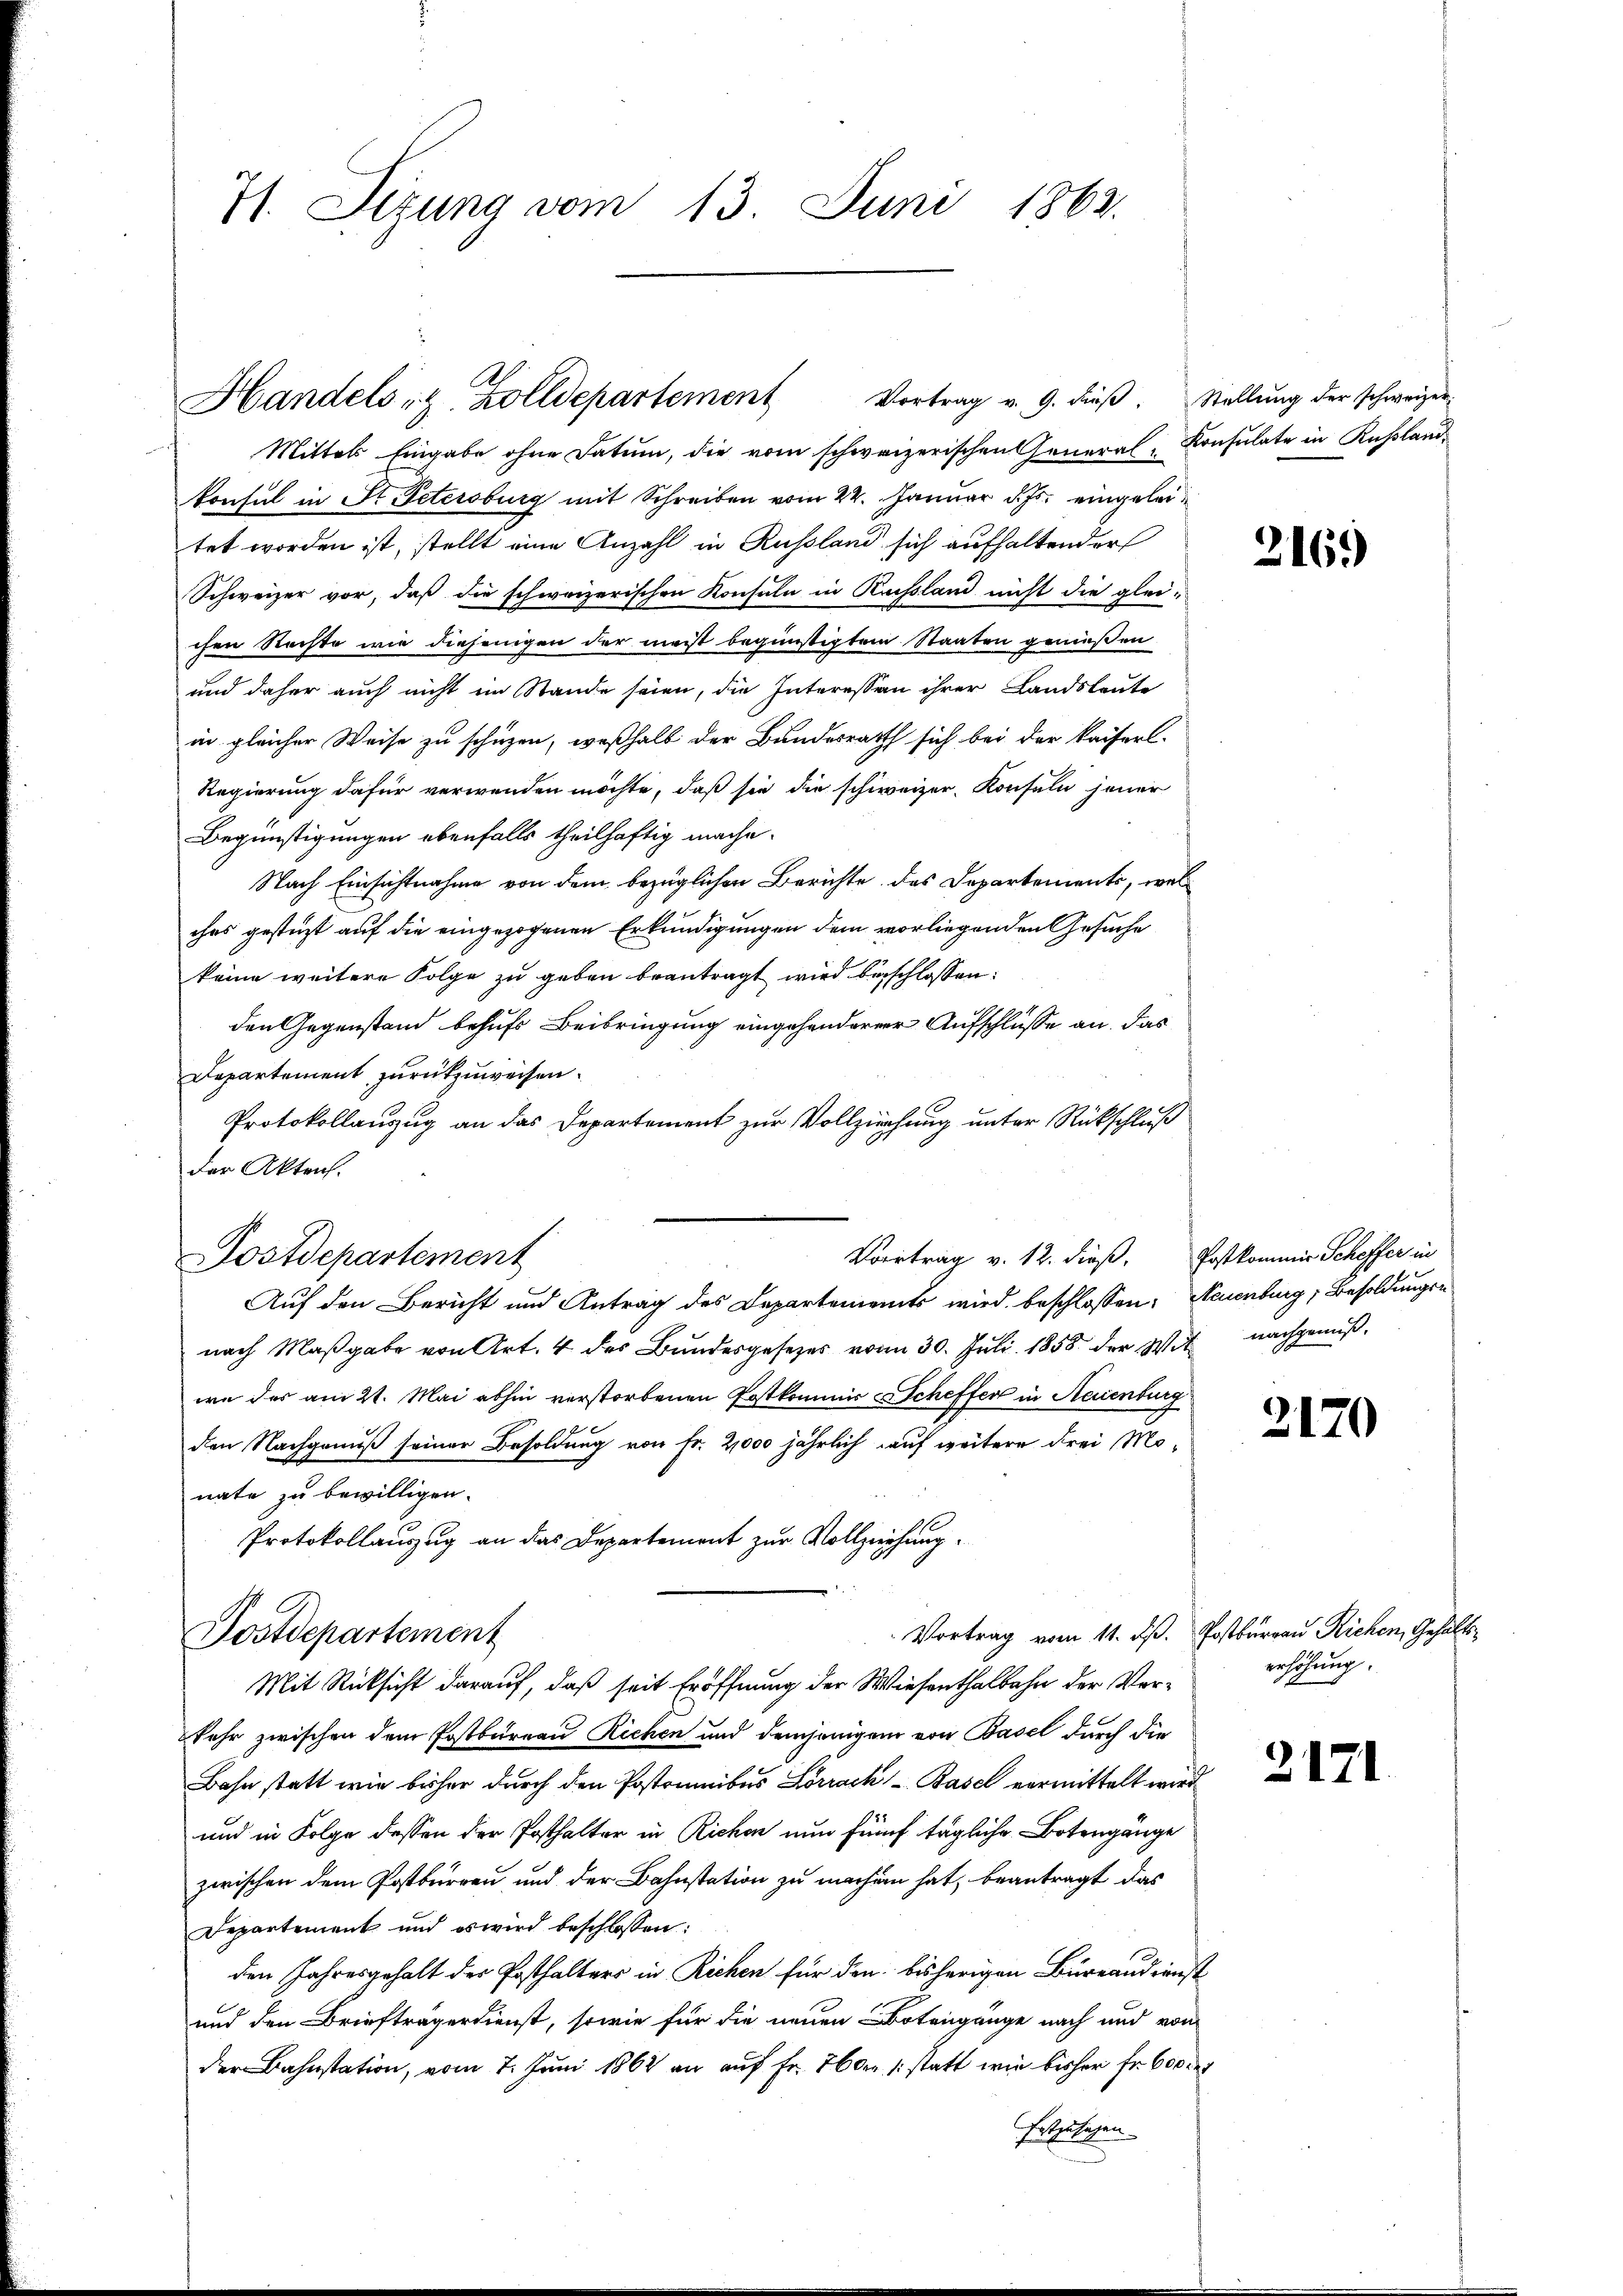
71. Sizung vom 13. Juni 1862.

Handelsr. Zolldepartement Vortrag v. 9. dieβ.  Stellŭng der schweizer-

Postdepartement

Vortrag v. 12. dieß. Postkommis Scheffer in

Mittels Eingabe ohne Datum, die vom schweizerischen General-Consulate in Kußland
konsul in St. Petersburg mit Schreiben vom 24. Januar d. Js. eingeleitet worden ist, stellt eine Anzahl in Russland sich aufhaltender
Schweizer vor, daß die schweizerischen Konsula in Russland nicht die glei-
chen Rechte wie diejenigen der meist begünstigtem Staaten genießen
und daher auch nicht im Stande seien, die Interessan ihrer Landsleute
in gleicher Weise zu schüzen, weßhalb der Bundesrath sich bei der kaiserl.
Regierung dafür verwenden möchte, daß sie die schweizer- Konsuln jener
Begünstigungen ebenfalls theilhaftig mache.
Nach Einsichtnahme von dem bezüglichen Berichte des Departements, welches gestüzt auf die eingezogenen Erkundigungen dem vorliegenden Gesuche
keine weitere Folge zu geben beantragt wird beschlossen:
den Gegenstand behufs Beibringung eingesonderner Aufschlüsse an das
Departement zurückzuweisen.
Protokollauszug an das Departement zur Vollziehung unter Rückschluß
der Akten.
Auf den Bericht und Antrag des Departements wird beschlossen: Neuenburg, Besoldungsnach Maßgabe von Art. 4 des Bundesgesetzes vom 30. Juli 1858 der Wit nachgewißwe des am 21. Mai abhin verstorbenen Postkommis = Scheffer in Seienburg
den Nachgenuß seiner Besoldung von Fr. 2,000 jährlich auf weitere Frei Monate zu bewilligen.
Protokollauszug an das Departement zur Vollziehung¬
Vortrag vom 11. dß. Postburgau Richen, Gehalts¬
Postdepartement
Mit Rücksicht darauf, daß seit Eröffnung der Wiesenthalbahn der Verkehr zwischen dem Postbureau Richen und demjenigen von Basel durch die
Bahn statt wie bisher durch den Pastoribus Lörrach-Basel vermittelt wird
und in Folge dessen der Posthalter in Richen nun fünf tägliche Botengänge
zwischen dem Postburgau und der Bahnstation zu machen hat, beantragt das
Departement und es wird beschlossen:
den Jahresgehalt der Posthalters in Richen für den bisherigen Büreaudienst
und den Briefträgerdienst, sowie für die neuen Botengänge nach und von
der Bahnstation, vom 7. Juni 1862 an auf Fr. 260. /: statt wie bisher fr. 600 rt
Ertzulegen

216)

2170

erhöhung.

2171